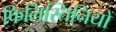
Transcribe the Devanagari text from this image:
फिलिस्तिनियों